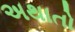
અથાતો